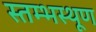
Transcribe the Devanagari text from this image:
स्तम्भस्थूण